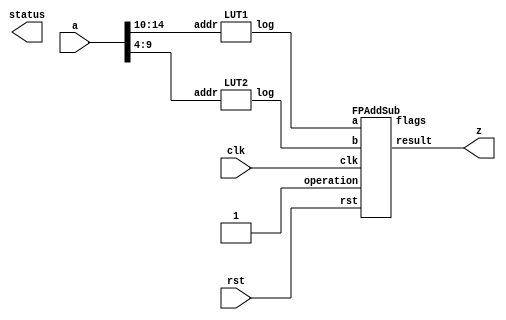
`define DEFINES_DONE
`define EXPONENT 5
`define MANTISSA 10
`define SIGN 1
`define DATAWIDTH (`SIGN+`EXPONENT+`MANTISSA)
`define IEEE_COMPLIANCE 1
`define NUM 8
`define ADDRSIZE 7
`define ADDRSIZE_FOR_TB 10
`define EXPONENT 5
`define MANTISSA 10
`define ACTUAL_MANTISSA 11
`define EXPONENT_LSB 10
`define EXPONENT_MSB 14
`define MANTISSA_LSB 0
`define MANTISSA_MSB 9
`define MANTISSA_MUL_SPLIT_LSB 3
`define MANTISSA_MUL_SPLIT_MSB 9
`define SIGN 1
`define SIGN_LOC 15
`define DWIDTH (`SIGN+`EXPONENT+`MANTISSA)
`define IEEE_COMPLIANCE 1
`define EXPONENT 5
`define MANTISSA 10
`define ACTUAL_MANTISSA 11
`define EXPONENT_LSB 10
`define EXPONENT_MSB 14
`define MANTISSA_LSB 0
`define MANTISSA_MSB 9
`define MANTISSA_MUL_SPLIT_LSB 3
`define MANTISSA_MUL_SPLIT_MSB 9
`define SIGN 1
`define SIGN_LOC 15
`define DWIDTH (`SIGN+`EXPONENT+`MANTISSA)
`define IEEE_COMPLIANCE 1
`define EXPONENT 5
`define MANTISSA 10
`define ACTUAL_MANTISSA 11
`define EXPONENT_LSB 10
`define EXPONENT_MSB 14
`define MANTISSA_LSB 0
`define MANTISSA_MSB 9
`define MANTISSA_MUL_SPLIT_LSB 3
`define MANTISSA_MUL_SPLIT_MSB 9
`define SIGN 1
`define SIGN_LOC 15
`define DWIDTH (`SIGN+`EXPONENT+`MANTISSA)
`define IEEE_COMPLIANCE 1

module logunit (clk, rst, a, z, status);

	input clk;
  input rst;
	input [15:0] a;
	output [15:0] z;
	output [4:0] status;

	wire [15: 0] fxout1;
	wire [15: 0] fxout2;


	LUT1 lut1 (.addr(a[14:10]),.log(fxout1)); 
	LUT2 lut2 (.addr(a[9:4]),.log(fxout2));  

  wire clk_NC;
  wire rst_NC;

	//DW_fp_addsub #(`MANTISSA, `EXPONENT, `IEEE_COMPLIANCE) add(.a(fxout1), .b(fxout2), .rnd(3'b0), .op(1'b0), .z(z), .status(status[7:0]));
  FPAddSub add (.clk(clk), .rst(rst), .a(fxout1),	.b(fxout2), .operation(1'b1),	.result(z), .flags());
endmodule
module LUT2(addr, log);
    input [5:0] addr;
    output reg [15:0] log;

    always @(addr) begin
        case (addr)
			6'b0 		: log = 16'b0000000000000000;
			6'b1 		: log = 16'b0010001111110000;
			6'b10 		: log = 16'b0010011111100001;
			6'b11 		: log = 16'b0010100111011101;
			6'b100 		: log = 16'b0010101111000011;
			6'b101 		: log = 16'b0010110011010000;
			6'b110 		: log = 16'b0010110110111100;
			6'b111 		: log = 16'b0010111010100101;
			6'b1000 		: log = 16'b0010111110001010;
			6'b1001 		: log = 16'b0011000000110110;
			6'b1010 		: log = 16'b0011000010100101;
			6'b1011 		: log = 16'b0011000100010011;
			6'b1100 		: log = 16'b0011000110000000;
			6'b1101 		: log = 16'b0011000111101011;
			6'b1110 		: log = 16'b0011001001010101;
			6'b1111 		: log = 16'b0011001010111101;
			6'b10000 		: log = 16'b0011001100100100;
			6'b10001 		: log = 16'b0011001110001010;
			6'b10010 		: log = 16'b0011001111101110;
			6'b10011 		: log = 16'b0011010000101001;
			6'b10100 		: log = 16'b0011010001011010;
			6'b10101 		: log = 16'b0011010010001010;
			6'b10110 		: log = 16'b0011010010111010;
			6'b10111 		: log = 16'b0011010011101010;
			6'b11000 		: log = 16'b0011010100011000;
			6'b11001 		: log = 16'b0011010101000111;
			6'b11010 		: log = 16'b0011010101110100;
			6'b11011 		: log = 16'b0011010110100010;
			6'b11100 		: log = 16'b0011010111001110;
			6'b11101 		: log = 16'b0011010111111011;
			6'b11110 		: log = 16'b0011011000100111;
			6'b11111 		: log = 16'b0011011001010010;
			6'b100000 		: log = 16'b0011011001111101;
			6'b100001 		: log = 16'b0011011010100111;
			6'b100010 		: log = 16'b0011011011010001;
			6'b100011 		: log = 16'b0011011011111011;
			6'b100100 		: log = 16'b0011011100100100;
			6'b100101 		: log = 16'b0011011101001101;
			6'b100110 		: log = 16'b0011011101110101;
			6'b100111 		: log = 16'b0011011110011101;
			6'b101000 		: log = 16'b0011011111000101;
			6'b101001 		: log = 16'b0011011111101100;
			6'b101010 		: log = 16'b0011100000001001;
			6'b101011 		: log = 16'b0011100000011101;
			6'b101100 		: log = 16'b0011100000110000;
			6'b101101 		: log = 16'b0011100001000010;
			6'b101110 		: log = 16'b0011100001010101;
			6'b101111 		: log = 16'b0011100001101000;
			6'b110000 		: log = 16'b0011100001111010;
			6'b110001 		: log = 16'b0011100010001100;
			6'b110010 		: log = 16'b0011100010011110;
			6'b110011 		: log = 16'b0011100010110000;
			6'b110100 		: log = 16'b0011100011000010;
			6'b110101 		: log = 16'b0011100011010100;
			6'b110110 		: log = 16'b0011100011100101;
			6'b110111 		: log = 16'b0011100011110110;
			6'b111000 		: log = 16'b0011100100000111;
			6'b111001 		: log = 16'b0011100100011000;
			6'b111010 		: log = 16'b0011100100101001;
			6'b111011 		: log = 16'b0011100100111010;
			6'b111100 		: log = 16'b0011100101001011;
			6'b111101 		: log = 16'b0011100101011011;
			6'b111110 		: log = 16'b0011100101101011;
			6'b111111 		: log = 16'b0011100101111100;
        endcase
    end
endmodule
module LUT1(addr, log);
    input [4:0] addr;
    output reg [15:0] log;

    always @(addr) begin
        case (addr)
			5'b0 		: log = 16'b1111110000000000;
			5'b1 		: log = 16'b1100100011011010;
			5'b10 		: log = 16'b1100100010000001;
			5'b11 		: log = 16'b1100100000101001;
			5'b100 		: log = 16'b1100011110100000;
			5'b101 		: log = 16'b1100011011101110;
			5'b110 		: log = 16'b1100011000111101;
			5'b111 		: log = 16'b1100010110001100;
			5'b1000 		: log = 16'b1100010011011010;
			5'b1001 		: log = 16'b1100010000101001;
			5'b1010 		: log = 16'b1100001011101110;
			5'b1011 		: log = 16'b1100000110001100;
			5'b1100 		: log = 16'b1100000000101001;
			5'b1101 		: log = 16'b1011110110001100;
			5'b1110 		: log = 16'b1011100110001100;
			5'b1111 		: log = 16'b0000000000000000;
			5'b10000 		: log = 16'b0011100110001100;
			5'b10001 		: log = 16'b0011110110001100;
			5'b10010 		: log = 16'b0100000000101001;
			5'b10011 		: log = 16'b0100000110001100;
			5'b10100 		: log = 16'b0100001011101110;
			5'b10101 		: log = 16'b0100010000101001;
			5'b10110 		: log = 16'b0100010011011010;
			5'b10111 		: log = 16'b0100010110001100;
			5'b11000 		: log = 16'b0100011000111101;
			5'b11001 		: log = 16'b0100011011101110;
			5'b11010 		: log = 16'b0100011110100000;
			5'b11011 		: log = 16'b0100100000101001;
			5'b11100 		: log = 16'b0100100010000001;
			5'b11101 		: log = 16'b0100100011011010;
			5'b11110 		: log = 16'b0100100100110011;
			5'b11111 		: log = 16'b0111110000000000;
        endcase
    end
endmodule

module FPAddSub(
		clk,
		rst,
		a,
		b,
		operation,			// 0 add, 1 sub
		result,
		flags
	);
	
	// Clock and reset
	input clk ;										// Clock signal
	input rst ;										// Reset (active high, resets pipeline registers)
	
	// Input ports
	input [`DWIDTH-1:0] a ;								// Input A, a 32-bit floating point number
	input [`DWIDTH-1:0] b ;								// Input B, a 32-bit floating point number
	input operation ;								// Operation select signal
	
	// Output ports
	output [`DWIDTH-1:0] result ;						// Result of the operation
	output [4:0] flags ;							// Flags indicating exceptions according to IEEE754
	
	assign flags = 5'b0;
	
`ifdef complex_dsp
adder_fp_clk u_add(.clk(clk), .a(a), .b(b),.out(result));
`else
FPAddSub_16 u_FPAddSub (.clk(clk), .rst(rst), .a(a), .b(b), .operation(1'b0), .result(result), .flags());
`endif
endmodule
module FPAddSub_16(
		//bf16,
		clk,
		rst,
		a,
		b,
		operation,			// 0 add, 1 sub
		result,
		flags
	);
	//input bf16; //1 for Bfloat16, 0 for IEEE half precision

	// Clock and reset
	input clk ;										// Clock signal
	input rst ;										// Reset (active high, resets pipeline registers)
	
	// Input ports
	input [`DWIDTH-1:0] a ;								// Input A, a 32-bit floating point number
	input [`DWIDTH-1:0] b ;								// Input B, a 32-bit floating point number
	input operation ;								// Operation select signal
	
	// Output ports
	output [`DWIDTH-1:0] result ;						// Result of the operation
	output [4:0] flags ;							// Flags indicating exceptions according to IEEE754
	
	// Pipeline Registers
	//reg [79:0] pipe_1;							// Pipeline register PreAlign->Align1
	reg [2*`EXPONENT + 2*`DWIDTH + 5:0] pipe_1;							// Pipeline register PreAlign->Align1

	//reg [67:0] pipe_2;							// Pipeline register Align1->Align3
	//reg [2*`EXPONENT+ 2*`MANTISSA + 8:0] pipe_2;							// Pipeline register Align1->Align3
	wire [2*`EXPONENT+ 2*`MANTISSA + 8:0] pipe_2;

	//reg [76:0] pipe_3;	68						// Pipeline register Align1->Align3
	reg [2*`EXPONENT+ 2*`MANTISSA + 9:0] pipe_3;							// Pipeline register Align1->Align3

	//reg [69:0] pipe_4;							// Pipeline register Align3->Execute
	//reg [2*`EXPONENT+ 2*`MANTISSA + 9:0] pipe_4;							// Pipeline register Align3->Execute
	wire [2*`EXPONENT+ 2*`MANTISSA + 9:0] pipe_4;
	
	//reg [51:0] pipe_5;							// Pipeline register Execute->Normalize
	reg [`DWIDTH+`EXPONENT+11:0] pipe_5;							// Pipeline register Execute->Normalize

	//reg [56:0] pipe_6;							// Pipeline register Nomalize->NormalizeShift1
	//reg [`DWIDTH+`EXPONENT+16:0] pipe_6;							// Pipeline register Nomalize->NormalizeShift1
	wire [`DWIDTH+`EXPONENT+16:0] pipe_6;

	//reg [56:0] pipe_7;							// Pipeline register NormalizeShift2->NormalizeShift3
	//reg [`DWIDTH+`EXPONENT+16:0] pipe_7;							// Pipeline register NormalizeShift2->NormalizeShift3
	wire [`DWIDTH+`EXPONENT+16:0] pipe_7;
	//reg [54:0] pipe_8;							// Pipeline register NormalizeShift3->Round
	reg [`EXPONENT*2+`MANTISSA+15:0] pipe_8;							// Pipeline register NormalizeShift3->Round

	//reg [40:0] pipe_9;							// Pipeline register NormalizeShift3->Round
	//reg [`DWIDTH+8:0] pipe_9;							// Pipeline register NormalizeShift3->Round
	wire [`DWIDTH+8:0] pipe_9;

	// Internal wires between modules
	wire [`DWIDTH-2:0] Aout_0 ;							// A - sign
	wire [`DWIDTH-2:0] Bout_0 ;							// B - sign
	wire Opout_0 ;									// A's sign
	wire Sa_0 ;										// A's sign
	wire Sb_0 ;										// B's sign
	wire MaxAB_1 ;									// Indicates the larger of A and B(0/A, 1/B)
	wire [`EXPONENT-1:0] CExp_1 ;							// Common Exponent
	wire [`EXPONENT-1:0] Shift_1 ;							// Number of steps to smaller mantissa shift right (align)
	wire [`MANTISSA-1:0] Mmax_1 ;							// Larger mantissa
	wire [4:0] InputExc_0 ;						// Input numbers are exceptions
	wire [2*`EXPONENT-1:0] ShiftDet_0 ;
	wire [`MANTISSA-1:0] MminS_1 ;						// Smaller mantissa after 0/16 shift
	wire [`MANTISSA:0] MminS_2 ;						// Smaller mantissa after 0/4/8/12 shift
	wire [`MANTISSA:0] Mmin_3 ;							// Smaller mantissa after 0/1/2/3 shift
	wire [`DWIDTH:0] Sum_4 ;
	wire PSgn_4 ;
	wire Opr_4 ;
	wire [`EXPONENT-1:0] Shift_5 ;							// Number of steps to shift sum left (normalize)
	wire [`DWIDTH:0] SumS_5 ;							// Sum after 0/16 shift
	wire [`DWIDTH:0] SumS_6 ;							// Sum after 0/16 shift
	wire [`DWIDTH:0] SumS_7 ;							// Sum after 0/16 shift
	wire [`MANTISSA-1:0] NormM_8 ;						// Normalized mantissa
	wire [`EXPONENT:0] NormE_8;							// Adjusted exponent
	wire ZeroSum_8 ;								// Zero flag
	wire NegE_8 ;									// Flag indicating negative exponent
	wire R_8 ;										// Round bit
	wire S_8 ;										// Final sticky bit
	wire FG_8 ;										// Final sticky bit
	wire [`DWIDTH-1:0] P_int ;
	wire EOF ;
	
	// Prepare the operands for alignment and check for exceptions
	FPAddSub_PrealignModule PrealignModule
	(	// Inputs
		a, b, operation,
		// Outputs
		Sa_0, Sb_0, ShiftDet_0[2*`EXPONENT-1:0], InputExc_0[4:0], Aout_0[`DWIDTH-2:0], Bout_0[`DWIDTH-2:0], Opout_0) ;
		
	// Prepare the operands for alignment and check for exceptions
	FPAddSub_AlignModule AlignModule
	(	// Inputs
		pipe_1[2*`EXPONENT + 2*`DWIDTH + 4: 2*`EXPONENT +`DWIDTH + 6], pipe_1[2*`EXPONENT +`DWIDTH + 5 :  2*`EXPONENT +7], pipe_1[2*`EXPONENT+4:5],
		// Outputs
		CExp_1[`EXPONENT-1:0], MaxAB_1, Shift_1[`EXPONENT-1:0], MminS_1[`MANTISSA-1:0], Mmax_1[`MANTISSA-1:0]) ;	

	// Alignment Shift Stage 1
	FPAddSub_AlignShift1 AlignShift1
	(  // Inputs
		//bf16, 
		pipe_2[`MANTISSA-1:0], pipe_2[`EXPONENT+ 2*`MANTISSA + 4 : 2*`MANTISSA + 7],
		// Outputs
		MminS_2[`MANTISSA:0]) ;

	// Alignment Shift Stage 3 and compution of guard and sticky bits
	FPAddSub_AlignShift2 AlignShift2  
	(  // Inputs
		pipe_3[`MANTISSA:0], pipe_3[2*`MANTISSA+7:2*`MANTISSA+6],
		// Outputs
		Mmin_3[`MANTISSA:0]) ;
						
	// Perform mantissa addition
	FPAddSub_ExecutionModule ExecutionModule
	(  // Inputs
		pipe_4[`MANTISSA*2+5:`MANTISSA+6], pipe_4[`MANTISSA:0], pipe_4[2*`EXPONENT+ 2*`MANTISSA + 8], pipe_4[2*`EXPONENT+ 2*`MANTISSA + 7], pipe_4[2*`EXPONENT+ 2*`MANTISSA + 6], pipe_4[2*`EXPONENT+ 2*`MANTISSA + 9],
		// Outputs
		Sum_4[`DWIDTH:0], PSgn_4, Opr_4) ;
	
	// Prepare normalization of result
	FPAddSub_NormalizeModule NormalizeModule
	(  // Inputs
		pipe_5[`DWIDTH:0], 
		// Outputs
		SumS_5[`DWIDTH:0], Shift_5[4:0]) ;
					
	// Normalization Shift Stage 1
	FPAddSub_NormalizeShift1 NormalizeShift1
	(  // Inputs
		pipe_6[`DWIDTH:0], pipe_6[`DWIDTH+`EXPONENT+14:`DWIDTH+`EXPONENT+11],
		// Outputs
		SumS_7[`DWIDTH:0]) ;
		
	// Normalization Shift Stage 3 and final guard, sticky and round bits
	FPAddSub_NormalizeShift2 NormalizeShift2
	(  // Inputs
		pipe_7[`DWIDTH:0], pipe_7[`DWIDTH+`EXPONENT+5:`DWIDTH+6], pipe_7[`DWIDTH+`EXPONENT+15:`DWIDTH+`EXPONENT+11],
		// Outputs
		NormM_8[`MANTISSA-1:0], NormE_8[`EXPONENT:0], ZeroSum_8, NegE_8, R_8, S_8, FG_8) ;

	// Round and put result together
	FPAddSub_RoundModule RoundModule
	(  // Inputs
		 pipe_8[3], pipe_8[4+`EXPONENT:4], pipe_8[`EXPONENT+`MANTISSA+4:5+`EXPONENT], pipe_8[1], pipe_8[0], pipe_8[`EXPONENT*2+`MANTISSA+15], pipe_8[`EXPONENT*2+`MANTISSA+12], pipe_8[`EXPONENT*2+`MANTISSA+11], pipe_8[`EXPONENT*2+`MANTISSA+14], pipe_8[`EXPONENT*2+`MANTISSA+10], 
		// Outputs
		P_int[`DWIDTH-1:0], EOF) ;
	
	// Check for exceptions
	FPAddSub_ExceptionModule Exceptionmodule
	(  // Inputs
		pipe_9[8+`DWIDTH:9], pipe_9[8], pipe_9[7], pipe_9[6], pipe_9[5:1], pipe_9[0], 
		// Outputs
		result[`DWIDTH-1:0], flags[4:0]) ;			
	

assign pipe_2 = {pipe_1[2*`EXPONENT + 2*`DWIDTH + 5], pipe_1[2*`EXPONENT +6:2*`EXPONENT +5], MaxAB_1, CExp_1[`EXPONENT-1:0], Shift_1[`EXPONENT-1:0], Mmax_1[`MANTISSA-1:0], pipe_1[4:0], MminS_1[`MANTISSA-1:0]} ;
assign pipe_4 = {pipe_3[2*`EXPONENT+ 2*`MANTISSA + 9:`MANTISSA+1], Mmin_3[`MANTISSA:0]} ;
assign pipe_6 = {pipe_5[`DWIDTH+`EXPONENT+11], Shift_5[4:0], pipe_5[`DWIDTH+`EXPONENT+10:`DWIDTH+1], SumS_5[`DWIDTH:0]} ;
assign pipe_7 = {pipe_6[`DWIDTH+`EXPONENT+16:`DWIDTH+1], SumS_7[`DWIDTH:0]} ;
assign pipe_9 = {P_int[`DWIDTH-1:0], pipe_8[2], pipe_8[1], pipe_8[0], pipe_8[`EXPONENT+`MANTISSA+9:`EXPONENT+`MANTISSA+5], EOF} ;

	always @ (posedge clk) begin	
		if(rst) begin
			pipe_1 <= 0;
			//pipe_2 <= 0;
			pipe_3 <= 0;
			//pipe_4 <= 0;
			pipe_5 <= 0;
			//pipe_6 <= 0;
			//pipe_7 <= 0;
			pipe_8 <= 0;
			//pipe_9 <= 0;
		end 
		else begin
/* PIPE_1:
	[2*`EXPONENT + 2*`DWIDTH + 5]  Opout_0
	[2*`EXPONENT + 2*`DWIDTH + 4: 2*`EXPONENT +`DWIDTH + 6] A_out0
	[2*`EXPONENT +`DWIDTH + 5 :  2*`EXPONENT +7] Bout_0
	[2*`EXPONENT +6] Sa_0
	[2*`EXPONENT +5] Sb_0
	[2*`EXPONENT +4 : 5] ShiftDet_0
	[4:0] Input Exc
*/
			pipe_1 <= {Opout_0, Aout_0[`DWIDTH-2:0], Bout_0[`DWIDTH-2:0], Sa_0, Sb_0, ShiftDet_0[2*`EXPONENT -1:0], InputExc_0[4:0]} ;	
/* PIPE_2
[2*`EXPONENT+ 2*`MANTISSA + 8] operation
[2*`EXPONENT+ 2*`MANTISSA + 7] Sa_0
[2*`EXPONENT+ 2*`MANTISSA + 6] Sb_0
[2*`EXPONENT+ 2*`MANTISSA + 5] MaxAB_0
[2*`EXPONENT+ 2*`MANTISSA + 4:`EXPONENT+ 2*`MANTISSA + 5] CExp_0
[`EXPONENT+ 2*`MANTISSA + 4 : 2*`MANTISSA + 5] Shift_0
[2*`MANTISSA + 4:`MANTISSA + 5] Mmax_0
[`MANTISSA + 4 : `MANTISSA] InputExc_0
[`MANTISSA-1:0] MminS_1
*/
			//pipe_2 <= {pipe_1[2*`EXPONENT + 2*`DWIDTH + 5], pipe_1[2*`EXPONENT +6:2*`EXPONENT +5], MaxAB_1, CExp_1[`EXPONENT-1:0], Shift_1[`EXPONENT-1:0], Mmax_1[`MANTISSA-1:0], pipe_1[4:0], MminS_1[`MANTISSA-1:0]} ;	
/* PIPE_3
[2*`EXPONENT+ 2*`MANTISSA + 9] operation
[2*`EXPONENT+ 2*`MANTISSA + 8] Sa_0
[2*`EXPONENT+ 2*`MANTISSA + 7] Sb_0
[2*`EXPONENT+ 2*`MANTISSA + 6] MaxAB_0
[2*`EXPONENT+ 2*`MANTISSA + 5:`EXPONENT+ 2*`MANTISSA + 6] CExp_0
[`EXPONENT+ 2*`MANTISSA + 5 : 2*`MANTISSA + 6] Shift_0
[2*`MANTISSA + 5:`MANTISSA + 6] Mmax_0
[`MANTISSA + 5 : `MANTISSA + 1] InputExc_0
[`MANTISSA:0] MminS_2
*/
			pipe_3 <= {pipe_2[2*`EXPONENT+ 2*`MANTISSA + 8:`MANTISSA], MminS_2[`MANTISSA:0]} ;	
/* PIPE_4
[2*`EXPONENT+ 2*`MANTISSA + 9] operation
[2*`EXPONENT+ 2*`MANTISSA + 8] Sa_0
[2*`EXPONENT+ 2*`MANTISSA + 7] Sb_0
[2*`EXPONENT+ 2*`MANTISSA + 6] MaxAB_0
[2*`EXPONENT+ 2*`MANTISSA + 5:`EXPONENT+ 2*`MANTISSA + 6] CExp_0
[`EXPONENT+ 2*`MANTISSA + 5 : 2*`MANTISSA + 6] Shift_0
[2*`MANTISSA + 5:`MANTISSA + 6] Mmax_0
[`MANTISSA + 5 : `MANTISSA + 1] InputExc_0
[`MANTISSA:0] MminS_3
*/				
			//pipe_4 <= {pipe_3[2*`EXPONENT+ 2*`MANTISSA + 9:`MANTISSA+1], Mmin_3[`MANTISSA:0]} ;	
/* PIPE_5 :
[`DWIDTH+ `EXPONENT + 11] operation
[`DWIDTH+ `EXPONENT + 10] PSgn_4
[`DWIDTH+ `EXPONENT + 9] Opr_4
[`DWIDTH+ `EXPONENT + 8] Sa_0
[`DWIDTH+ `EXPONENT + 7] Sb_0
[`DWIDTH+ `EXPONENT + 6] MaxAB_0
[`DWIDTH+ `EXPONENT + 5 :`DWIDTH+6] CExp_0
[`DWIDTH+5:`DWIDTH+1] InputExc_0
[`DWIDTH:0] Sum_4
*/					
			pipe_5 <= {pipe_4[2*`EXPONENT+ 2*`MANTISSA + 9], PSgn_4, Opr_4, pipe_4[2*`EXPONENT+ 2*`MANTISSA + 8:`EXPONENT+ 2*`MANTISSA + 6], pipe_4[`MANTISSA+5:`MANTISSA+1], Sum_4[`DWIDTH:0]} ;
/* PIPE_6 :
[`DWIDTH+ `EXPONENT + 16] operation
[`DWIDTH+ `EXPONENT + 15:`DWIDTH+ `EXPONENT + 11] Shift_5
[`DWIDTH+ `EXPONENT + 10] PSgn_4
[`DWIDTH+ `EXPONENT + 9] Opr_4
[`DWIDTH+ `EXPONENT + 8] Sa_0
[`DWIDTH+ `EXPONENT + 7] Sb_0
[`DWIDTH+ `EXPONENT + 6] MaxAB_0
[`DWIDTH+ `EXPONENT + 5 :`DWIDTH+6] CExp_0
[`DWIDTH+5:`DWIDTH+1] InputExc_0
[`DWIDTH:0] Sum_4
*/				
			//pipe_6 <= {pipe_5[`DWIDTH+`EXPONENT+11], Shift_5[4:0], pipe_5[`DWIDTH+`EXPONENT+10:`DWIDTH+1], SumS_5[`DWIDTH:0]} ;	
/* PIPE_7 :
[`DWIDTH+ `EXPONENT + 16] operation
[`DWIDTH+ `EXPONENT + 15:`DWIDTH+ `EXPONENT + 11] Shift_5
[`DWIDTH+ `EXPONENT + 10] PSgn_4
[`DWIDTH+ `EXPONENT + 9] Opr_4
[`DWIDTH+ `EXPONENT + 8] Sa_0
[`DWIDTH+ `EXPONENT + 7] Sb_0
[`DWIDTH+ `EXPONENT + 6] MaxAB_0
[`DWIDTH+ `EXPONENT + 5 :`DWIDTH+6] CExp_0
[`DWIDTH+5:`DWIDTH+1] InputExc_0
[`DWIDTH:0] Sum_4
*/						
			//pipe_7 <= {pipe_6[`DWIDTH+`EXPONENT+16:`DWIDTH+1], SumS_7[`DWIDTH:0]} ;	
/* PIPE_8:
[2*`EXPONENT + `MANTISSA + 15] FG_8 
[2*`EXPONENT + `MANTISSA + 14] operation
[2*`EXPONENT + `MANTISSA + 13] PSgn_4
[2*`EXPONENT + `MANTISSA + 12] Sa_0
[2*`EXPONENT + `MANTISSA + 11] Sb_0
[2*`EXPONENT + `MANTISSA + 10] MaxAB_0
[2*`EXPONENT + `MANTISSA + 9:`EXPONENT + `MANTISSA + 10] CExp_0
[`EXPONENT + `MANTISSA + 9:`EXPONENT + `MANTISSA + 5] InputExc_8
[`EXPONENT + `MANTISSA + 4 :`EXPONENT + 5] NormM_8 
[`EXPONENT + 4 :4] NormE_8
[3] ZeroSum_8
[2] NegE_8
[1] R_8
[0] S_8
*/				
			pipe_8 <= {FG_8, pipe_7[`DWIDTH+`EXPONENT+16], pipe_7[`DWIDTH+`EXPONENT+10], pipe_7[`DWIDTH+`EXPONENT+8:`DWIDTH+1], NormM_8[`MANTISSA-1:0], NormE_8[`EXPONENT:0], ZeroSum_8, NegE_8, R_8, S_8} ;	
/* pipe_9:
[`DWIDTH + 8 :9] P_int
[8] NegE_8
[7] R_8
[6] S_8
[5:1] InputExc_8
[0] EOF
*/				
			//pipe_9 <= {P_int[`DWIDTH-1:0], pipe_8[2], pipe_8[1], pipe_8[0], pipe_8[`EXPONENT+`MANTISSA+9:`EXPONENT+`MANTISSA+5], EOF} ;	
		end
	end		
	
endmodule
module FPAddSub_ExceptionModule(
		Z,
		NegE,
		R,
		S,
		InputExc,
		EOF,
		P,
		Flags
    );
	 
	// Input ports
	input [`DWIDTH-1:0] Z	;					// Final product
	input NegE ;						// Negative exponent?
	input R ;							// Round bit
	input S ;							// Sticky bit
	input [4:0] InputExc ;			// Exceptions in inputs A and B
	input EOF ;
	
	// Output ports
	output [`DWIDTH-1:0] P ;					// Final result
	output [4:0] Flags ;				// Exception flags
	
	// Internal signals
	wire Overflow ;					// Overflow flag
	wire Underflow ;					// Underflow flag
	wire DivideByZero ;				// Divide-by-Zero flag (always 0 in Add/Sub)
	wire Invalid ;						// Invalid inputs or result
	wire Inexact ;						// Result is inexact because of rounding
	
	// Exception flags
	
	// Result is too big to be represented
	assign Overflow = EOF | InputExc[1] | InputExc[0] ;
	
	// Result is too small to be represented
	assign Underflow = NegE & (R | S);
	
	// Infinite result computed exactly from finite operands
	assign DivideByZero = &(Z[`MANTISSA+`EXPONENT-1:`MANTISSA]) & ~|(Z[`MANTISSA+`EXPONENT-1:`MANTISSA]) & ~InputExc[1] & ~InputExc[0];
	
	// Invalid inputs or operation
	assign Invalid = |(InputExc[4:2]) ;
	
	// Inexact answer due to rounding, overflow or underflow
	assign Inexact = (R | S) | Overflow | Underflow;
	
	// Put pieces together to form final result
	assign P = Z ;
	
	// Collect exception flags	
	assign Flags = {Overflow, Underflow, DivideByZero, Invalid, Inexact} ; 	
	
endmodule
module FPAddSub_RoundModule(
		ZeroSum,
		NormE,
		NormM,
		R,
		S,
		G,
		Sa,
		Sb,
		Ctrl,
		MaxAB,
		Z,
		EOF
    );

	// Input ports
	input ZeroSum ;					// Sum is zero
	input [`EXPONENT:0] NormE ;				// Normalized exponent
	input [`MANTISSA-1:0] NormM ;				// Normalized mantissa
	input R ;							// Round bit
	input S ;							// Sticky bit
	input G ;
	input Sa ;							// A's sign bit
	input Sb ;							// B's sign bit
	input Ctrl ;						// Control bit (operation)
	input MaxAB ;
	
	// Output ports
	output [`DWIDTH-1:0] Z ;					// Final result
	output EOF ;
	
	// Internal signals
	wire [`MANTISSA:0] RoundUpM ;			// Rounded up sum with room for overflow
	wire [`MANTISSA-1:0] RoundM ;				// The final rounded sum
	wire [`EXPONENT:0] RoundE ;				// Rounded exponent (note extra bit due to poential overflow	)
	wire RoundUp ;						// Flag indicating that the sum should be rounded up
        wire FSgn;
	wire ExpAdd ;						// May have to add 1 to compensate for overflow 
	wire RoundOF ;						// Rounding overflow
	
	wire [`EXPONENT:0]temp_2;
	assign temp_2 = 0;
	// The cases where we need to round upwards (= adding one) in Round to nearest, tie to even
	assign RoundUp = (G & ((R | S) | NormM[0])) ;
	
	// Note that in the other cases (rounding down), the sum is already 'rounded'
	assign RoundUpM = (NormM + 1) ;								// The sum, rounded up by 1
	assign RoundM = (RoundUp ? RoundUpM[`MANTISSA-1:0] : NormM) ; 	// Compute final mantissa	
	assign RoundOF = RoundUp & RoundUpM[`MANTISSA] ; 				// Check for overflow when rounding up

	// Calculate post-rounding exponent
	assign ExpAdd = (RoundOF ? 1'b1 : 1'b0) ; 				// Add 1 to exponent to compensate for overflow
	assign RoundE = ZeroSum ? temp_2 : (NormE + ExpAdd) ; 							// Final exponent

	// If zero, need to determine sign according to rounding
	assign FSgn = (ZeroSum & (Sa ^ Sb)) | (ZeroSum ? (Sa & Sb & ~Ctrl) : ((~MaxAB & Sa) | ((Ctrl ^ Sb) & (MaxAB | Sa)))) ;

	// Assign final result
	assign Z = {FSgn, RoundE[`EXPONENT-1:0], RoundM[`MANTISSA-1:0]} ;
	
	// Indicate exponent overflow
	assign EOF = RoundE[`EXPONENT];
	
endmodule
module FPAddSub_NormalizeShift2(
		PSSum,
		CExp,
		Shift,
		NormM,
		NormE,
		ZeroSum,
		NegE,
		R,
		S,
		FG
	);
	
	// Input ports
	input [`DWIDTH:0] PSSum ;					// The Pre-Shift-Sum
	input [`EXPONENT-1:0] CExp ;
	input [4:0] Shift ;					// Amount to be shifted

	// Output ports
	output [`MANTISSA-1:0] NormM ;				// Normalized mantissa
	output [`EXPONENT:0] NormE ;					// Adjusted exponent
	output ZeroSum ;						// Zero flag
	output NegE ;							// Flag indicating negative exponent
	output R ;								// Round bit
	output S ;								// Final sticky bit
	output FG ;

	// Internal signals
	wire MSBShift ;						// Flag indicating that a second shift is needed
	wire [`EXPONENT:0] ExpOF ;					// MSB set in sum indicates overflow
	wire [`EXPONENT:0] ExpOK ;					// MSB not set, no adjustment
	
	// Calculate normalized exponent and mantissa, check for all-zero sum
	assign MSBShift = PSSum[`DWIDTH] ;		// Check MSB in unnormalized sum
	assign ZeroSum = ~|PSSum ;			// Check for all zero sum
	assign ExpOK = CExp - Shift ;		// Adjust exponent for new normalized mantissa
	assign NegE = ExpOK[`EXPONENT] ;			// Check for exponent overflow
	assign ExpOF = CExp - Shift + 1'b1 ;		// If MSB set, add one to exponent(x2)
	assign NormE = MSBShift ? ExpOF : ExpOK ;			// Check for exponent overflow
	assign NormM = PSSum[`DWIDTH-1:`EXPONENT+1] ;		// The new, normalized mantissa
	
	// Also need to compute sticky and round bits for the rounding stage
	assign FG = PSSum[`EXPONENT] ; 
	assign R = PSSum[`EXPONENT-1] ;
	assign S = |PSSum[`EXPONENT-2:0] ;
	
endmodule
module FPAddSub_NormalizeShift1(
		MminP,
		Shift,
		Mmin
	);
	
	// Input ports
	input [`DWIDTH:0] MminP ;						// Smaller mantissa after 16|12|8|4 shift
	input [3:0] Shift ;						// Shift amount
	
	// Output ports
	output [`DWIDTH:0] Mmin ;						// The smaller mantissa
	
	reg	  [`DWIDTH:0]		Lvl2;
	wire    [2*`DWIDTH+1:0]    Stage1;	
	reg	  [`DWIDTH:0]		Lvl3;
	wire    [2*`DWIDTH+1:0]    Stage2;	
	integer           i;               	// Loop variable
	
	assign Stage1 = {MminP, MminP};

	always @(*) begin    					// Rotate {0 | 4 | 8 | 12} bits
	  case (Shift[3:2])
			// Rotate by 0
			2'b00: Lvl2 <= Stage1[`DWIDTH:0];       		
			// Rotate by 4
			2'b01: begin for (i=33; i>=17; i=i-1) begin Lvl2[i-33] <= Stage1[i-4]; end Lvl2[3:0] <= 0; end
			// Rotate by 8
			2'b10: begin for (i=33; i>=17; i=i-1) begin Lvl2[i-33] <= Stage1[i-8]; end Lvl2[7:0] <= 0; end
			// Rotate by 12
			2'b11: begin for (i=33; i>=17; i=i-1) begin Lvl2[i-33] <= Stage1[i-12]; end Lvl2[11:0] <= 0; end
	  endcase
	end
	
	assign Stage2 = {Lvl2, Lvl2};

	always @(*) begin   				 		// Rotate {0 | 1 | 2 | 3} bits
	  case (Shift[1:0])
			// Rotate by 0
			2'b00:  Lvl3 <= Stage2[`DWIDTH:0];
			// Rotate by 1
			2'b01: begin for (i=33; i>=17; i=i-1) begin Lvl3[i-`DWIDTH-1] <= Stage2[i-1]; end Lvl3[0] <= 0; end 
			// Rotate by 2
			2'b10: begin for (i=33; i>=17; i=i-1) begin Lvl3[i-`DWIDTH-1] <= Stage2[i-2]; end Lvl3[1:0] <= 0; end
			// Rotate by 3
			2'b11: begin for (i=33; i>=17; i=i-1) begin Lvl3[i-`DWIDTH-1] <= Stage2[i-3]; end Lvl3[2:0] <= 0; end
	  endcase
	end
	
	// Assign outputs
	assign Mmin = Lvl3;						// Take out smaller mantissa			
	
endmodule
module FPAddSub_NormalizeModule(
		Sum,
		Mmin,
		Shift
    );

	// Input ports
	input [`DWIDTH:0] Sum ;					// Mantissa sum including hidden 1 and GRS
	
	// Output ports
	output [`DWIDTH:0] Mmin ;					// Mantissa after 16|0 shift
	output [4:0] Shift ;					// Shift amount
	//Changes in this doesn't matter since even Bfloat16 can't go beyond 7 shift to the mantissa (only 3 bits valid here)  
	// Determine normalization shift amount by finding leading nought
	assign Shift =  ( 
		Sum[16] ? 5'b00000 :	 
		Sum[15] ? 5'b00001 : 
		Sum[14] ? 5'b00010 : 
		Sum[13] ? 5'b00011 : 
		Sum[12] ? 5'b00100 : 
		Sum[11] ? 5'b00101 : 
		Sum[10] ? 5'b00110 : 
		Sum[9] ? 5'b00111 :
		Sum[8] ? 5'b01000 :
		Sum[7] ? 5'b01001 :
		Sum[6] ? 5'b01010 :
		Sum[5] ? 5'b01011 :
		Sum[4] ? 5'b01100 : 5'b01101
	//	Sum[19] ? 5'b01101 :
	//	Sum[18] ? 5'b01110 :
	//	Sum[17] ? 5'b01111 :
	//	Sum[16] ? 5'b10000 :
	//	Sum[15] ? 5'b10001 :
	//	Sum[14] ? 5'b10010 :
	//	Sum[13] ? 5'b10011 :
	//	Sum[12] ? 5'b10100 :
	//	Sum[11] ? 5'b10101 :
	//	Sum[10] ? 5'b10110 :
	//	Sum[9] ? 5'b10111 :
	//	Sum[8] ? 5'b11000 :
	//	Sum[7] ? 5'b11001 : 5'b11010
	);
	
	reg	  [`DWIDTH:0]		Lvl1;
	
	always @(*) begin
		// Rotate by 16?
		Lvl1 <= Shift[4] ? {Sum[8:0], 8'b00000000} : Sum; 
	end
	
	// Assign outputs
	assign Mmin = Lvl1;						// Take out smaller mantissa

endmodule
module FPAddSub_ExecutionModule(
		Mmax,
		Mmin,
		Sa,
		Sb,
		MaxAB,
		OpMode,
		Sum,
		PSgn,
		Opr
    );

	// Input ports
	input [`MANTISSA-1:0] Mmax ;					// The larger mantissa
	input [`MANTISSA:0] Mmin ;					// The smaller mantissa
	input Sa ;								// Sign bit of larger number
	input Sb ;								// Sign bit of smaller number
	input MaxAB ;							// Indicates the larger number (0/A, 1/B)
	input OpMode ;							// Operation to be performed (0/Add, 1/Sub)
	
	// Output ports
	output [`DWIDTH:0] Sum ;					// The result of the operation
	output PSgn ;							// The sign for the result
	output Opr ;							// The effective (performed) operation

	wire [`EXPONENT-1:0]temp_1;

	assign Opr = (OpMode^Sa^Sb); 		// Resolve sign to determine operation
	assign temp_1 = 0;
	// Perform effective operation
//SAMIDH_UNSURE 5--> 8

	assign Sum = (OpMode^Sa^Sb) ? ({1'b1, Mmax, temp_1} - {Mmin, temp_1}) : ({1'b1, Mmax, temp_1} + {Mmin, temp_1}) ;
	
	// Assign result sign
	assign PSgn = (MaxAB ? Sb : Sa) ;

endmodule
module FPAddSub_AlignShift2(
		MminP,
		Shift,
		Mmin
	);
	
	// Input ports
	input [`MANTISSA:0] MminP ;						// Smaller mantissa after 16|12|8|4 shift
	input [1:0] Shift ;						// Shift amount. Last 2 bits
	
	// Output ports
	output [`MANTISSA:0] Mmin ;						// The smaller mantissa
	
	// Internal Signal
	reg	  [`MANTISSA:0]		Lvl3;
	wire    [2*`MANTISSA+1:0]    Stage2;	
	integer           j;               // Loop variable
	
	assign Stage2 = {11'b0, MminP};

	always @(*) begin    // Rotate {0 | 1 | 2 | 3} bits
	  case (Shift[1:0])
			// Rotate by 0
			2'b00:  Lvl3 <= Stage2[`MANTISSA:0];   
			// Rotate by 1
			2'b01:  begin for (j=0; j<=`MANTISSA; j=j+1)  begin Lvl3[j] <= Stage2[j+1]; end Lvl3[`MANTISSA] <= 0; end 
			// Rotate by 2
			2'b10:  begin for (j=0; j<=`MANTISSA; j=j+1)  begin Lvl3[j] <= Stage2[j+2]; end Lvl3[`MANTISSA:`MANTISSA-1] <= 0; end 
			// Rotate by 3
			2'b11:  begin for (j=0; j<=`MANTISSA; j=j+1)  begin Lvl3[j] <= Stage2[j+3]; end Lvl3[`MANTISSA:`MANTISSA-2] <= 0; end 	  
	  endcase
	end
	
	// Assign output
	assign Mmin = Lvl3;						// Take out smaller mantissa				

endmodule
module FPAddSub_AlignShift1(
		//bf16,
		MminP,
		Shift,
		Mmin
	);
	
	// Input ports
	//input bf16;
	input [`MANTISSA-1:0] MminP ;						// Smaller mantissa after 16|12|8|4 shift
	input [`EXPONENT-3:0] Shift ;						// Shift amount. Last 2 bits of shifting are done in next stage. Hence, we have [`EXPONENT - 2] bits
	
	// Output ports
	output [`MANTISSA:0] Mmin ;						// The smaller mantissa
	

	wire bf16;
	assign bf16 = 1'b1; //hardcoding to 1, to avoid ODIN issue. a `ifdef here wasn't working. apparently, nested `ifdefs don't work

	// Internal signals
	reg	  [`MANTISSA:0]		Lvl1;
	reg	  [`MANTISSA:0]		Lvl2;
	wire    [2*`MANTISSA+1:0]    Stage1;	
	integer           i;                // Loop variable

	wire [`MANTISSA:0] temp_0; 

assign temp_0 = 0;

	always @(*) begin
		if (bf16 == 1'b1) begin						
//hardcoding for bfloat16
	//For bfloat16, we can shift the mantissa by a max of 7 bits since mantissa has a width of 7. 
	//Hence if either, bit[3]/bit[4]/bit[5]/bit[6]/bit[7] is 1, we can make it 0. This corresponds to bits [5:1] in our updated shift which doesn't contain last 2 bits.
		//Lvl1 <= (Shift[1]|Shift[2]|Shift[3]|Shift[4]|Shift[5]) ? {temp_0} : {1'b1, MminP};  // MANTISSA + 1 width	
		Lvl1 <= (|Shift[`EXPONENT-3:1]) ? {temp_0} : {1'b1, MminP};  // MANTISSA + 1 width	
		end
		else begin
		//for half precision fp16, 10 bits can be shifted. Hence, only shifts till 10 (01010)can be made. 
		Lvl1 <= Shift[2] ? {temp_0} : {1'b1, MminP};
		end
	end
	
	assign Stage1 = { temp_0, Lvl1}; //2*MANTISSA + 2 width

	always @(*) begin    					// Rotate {0 | 4 } bits
	if(bf16 == 1'b1) begin
	  case (Shift[0])
			// Rotate by 0	
			1'b0:  Lvl2 <= Stage1[`MANTISSA:0];       			
			// Rotate by 4	
			1'b1:  begin for (i=0; i<=`MANTISSA; i=i+1) begin Lvl2[i] <= Stage1[i+4]; end Lvl2[`MANTISSA:`MANTISSA-3] <= 0; end
	  endcase
	end
	else begin
	  case (Shift[1:0])					// Rotate {0 | 4 | 8} bits
			// Rotate by 0	
			2'b00:  Lvl2 <= Stage1[`MANTISSA:0];       			
			// Rotate by 4	
			2'b01:  begin for (i=0; i<=`MANTISSA; i=i+1) begin Lvl2[i] <= Stage1[i+4]; end Lvl2[`MANTISSA:`MANTISSA-3] <= 0; end
			// Rotate by 8
			2'b10:  begin for (i=0; i<=`MANTISSA; i=i+1) begin Lvl2[i] <= Stage1[i+8]; end Lvl2[`MANTISSA:`MANTISSA-7] <= 0; end
			// Rotate by 12	
			2'b11: Lvl2[`MANTISSA: 0] <= 0; 
			//2'b11:  begin for (i=0; i<=`MANTISSA; i=i+1) begin Lvl2[i] <= Stage1[i+12]; end Lvl2[`MANTISSA:`MANTISSA-12] <= 0; end
	  endcase
	end
	end

	// Assign output to next shift stage
	assign Mmin = Lvl2;
	
endmodule
module FPAddSub_AlignModule (
		A,
		B,
		ShiftDet,
		CExp,
		MaxAB,
		Shift,
		Mmin,
		Mmax
	);
	
	// Input ports
	input [`DWIDTH-2:0] A ;								// Input A, a 32-bit floating point number
	input [`DWIDTH-2:0] B ;								// Input B, a 32-bit floating point number
	input [2*`EXPONENT-1:0] ShiftDet ;
	
	// Output ports
	output [`EXPONENT-1:0] CExp ;							// Common Exponent
	output MaxAB ;									// Incidates larger of A and B (0/A, 1/B)
	output [`EXPONENT-1:0] Shift ;							// Number of steps to smaller mantissa shift right
	output [`MANTISSA-1:0] Mmin ;							// Smaller mantissa 
	output [`MANTISSA-1:0] Mmax ;							// Larger mantissa
	
	// Internal signals
	//wire BOF ;										// Check for shifting overflow if B is larger
	//wire AOF ;										// Check for shifting overflow if A is larger
	
	assign MaxAB = (A[`DWIDTH-2:0] < B[`DWIDTH-2:0]) ;	
	//assign BOF = ShiftDet[9:5] < 25 ;		// Cannot shift more than 25 bits
	//assign AOF = ShiftDet[4:0] < 25 ;		// Cannot shift more than 25 bits
	
	// Determine final shift value
	//assign Shift = MaxAB ? (BOF ? ShiftDet[9:5] : 5'b11001) : (AOF ? ShiftDet[4:0] : 5'b11001) ;
	
	assign Shift = MaxAB ? ShiftDet[2*`EXPONENT-1:`EXPONENT] : ShiftDet[`EXPONENT-1:0] ;
	
	// Take out smaller mantissa and append shift space
	assign Mmin = MaxAB ? A[`MANTISSA-1:0] : B[`MANTISSA-1:0] ; 
	
	// Take out larger mantissa	
	assign Mmax = MaxAB ? B[`MANTISSA-1:0]: A[`MANTISSA-1:0] ;	
	
	// Common exponent
	assign CExp = (MaxAB ? B[`MANTISSA+`EXPONENT-1:`MANTISSA] : A[`MANTISSA+`EXPONENT-1:`MANTISSA]) ;		
	
endmodule
module FPAddSub_PrealignModule(
		A,
		B,
		operation,
		Sa,
		Sb,
		ShiftDet,
		InputExc,
		Aout,
		Bout,
		Opout
	);
	
	// Input ports
	input [`DWIDTH-1:0] A ;										// Input A, a 32-bit floating point number
	input [`DWIDTH-1:0] B ;										// Input B, a 32-bit floating point number
	input operation ;
	
	// Output ports
	output Sa ;												// A's sign
	output Sb ;												// B's sign
	output [2*`EXPONENT-1:0] ShiftDet ;
	output [4:0] InputExc ;								// Input numbers are exceptions
	output [`DWIDTH-2:0] Aout ;
	output [`DWIDTH-2:0] Bout ;
	output Opout ;
	
	// Internal signals									// If signal is high...
	wire ANaN ;												// A is a NaN (Not-a-Number)
	wire BNaN ;												// B is a NaN
	wire AInf ;												// A is infinity
	wire BInf ;												// B is infinity
	wire [`EXPONENT-1:0] DAB ;										// ExpA - ExpB					
	wire [`EXPONENT-1:0] DBA ;										// ExpB - ExpA	
	
	assign ANaN = &(A[`DWIDTH-2:`DWIDTH-1-`EXPONENT]) & |(A[`MANTISSA-1:0]) ;		// All one exponent and not all zero mantissa - NaN
	assign BNaN = &(B[`DWIDTH-2:`DWIDTH-1-`EXPONENT]) & |(B[`MANTISSA-1:0]);		// All one exponent and not all zero mantissa - NaN
	assign AInf = &(A[`DWIDTH-2:`DWIDTH-1-`EXPONENT]) & ~|(A[`MANTISSA-1:0]) ;	// All one exponent and all zero mantissa - Infinity
	assign BInf = &(B[`DWIDTH-2:`DWIDTH-1-`EXPONENT]) & ~|(B[`MANTISSA-1:0]) ;	// All one exponent and all zero mantissa - Infinity
	
	// Put all flags into exception vector
	assign InputExc = {(ANaN | BNaN | AInf | BInf), ANaN, BNaN, AInf, BInf} ;
	
	//assign DAB = (A[30:23] - B[30:23]) ;
	//assign DBA = (B[30:23] - A[30:23]) ;
	assign DAB = (A[`DWIDTH-2:`MANTISSA] + ~(B[`DWIDTH-2:`MANTISSA]) + 1) ;
	assign DBA = (B[`DWIDTH-2:`MANTISSA] + ~(A[`DWIDTH-2:`MANTISSA]) + 1) ;
	
	assign Sa = A[`DWIDTH-1] ;									// A's sign bit
	assign Sb = B[`DWIDTH-1] ;									// B's sign	bit
	assign ShiftDet = {DBA[`EXPONENT-1:0], DAB[`EXPONENT-1:0]} ;		// Shift data
	assign Opout = operation ;
	assign Aout = A[`DWIDTH-2:0] ;
	assign Bout = B[`DWIDTH-2:0] ;
	
endmodule